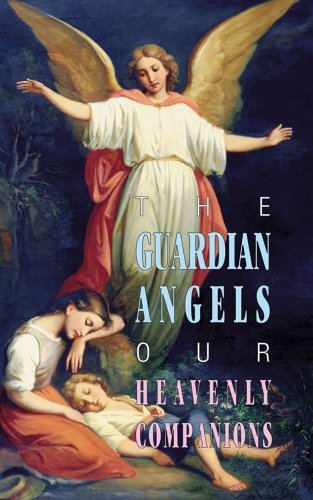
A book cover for The Guardian Angels: Our Heavenly Companions; Anonymous; Christian Books & Bibles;